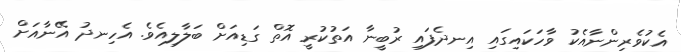
އެކުވެރިންނާއެކު ވާހަކައިގައި އިނދެފައި ރުބީނާ އަތުކުރީ އޮތް ގަޑިއަށް ބަލާލިއެވެ. އެހިނދު އޭނާއަށް